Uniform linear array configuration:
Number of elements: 12
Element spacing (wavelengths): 0.75
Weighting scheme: cosine
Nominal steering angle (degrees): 15
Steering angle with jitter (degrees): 14.397
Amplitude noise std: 0.05
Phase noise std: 0.05

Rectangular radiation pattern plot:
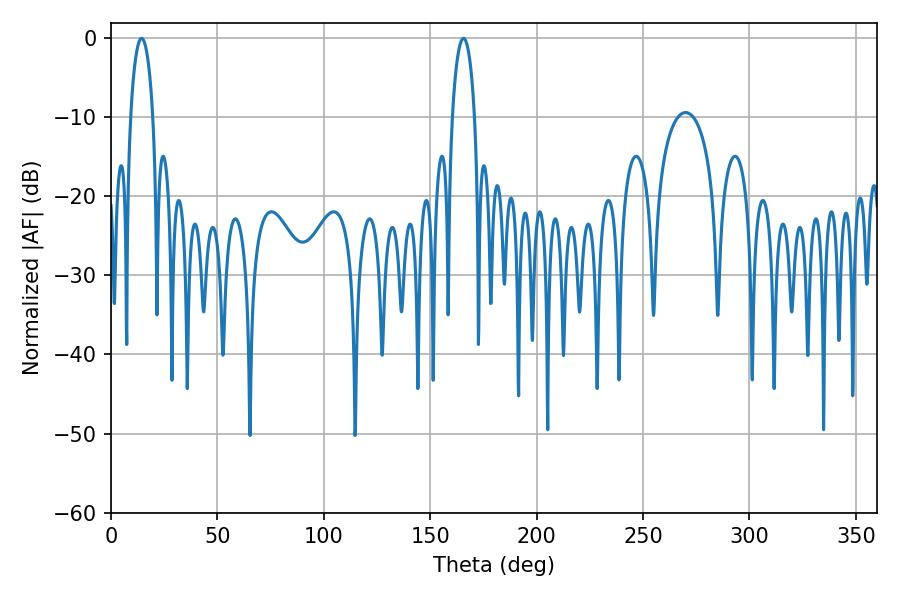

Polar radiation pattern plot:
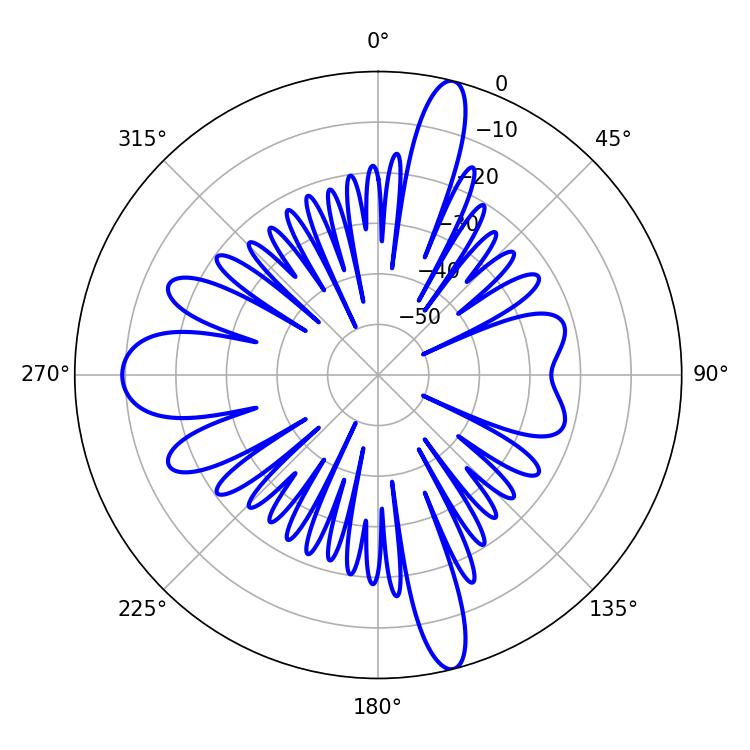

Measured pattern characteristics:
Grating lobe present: TRUE
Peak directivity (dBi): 19.947
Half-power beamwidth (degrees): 6.12
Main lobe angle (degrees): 14.4